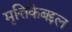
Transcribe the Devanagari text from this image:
मृत्तिकेबद्दल